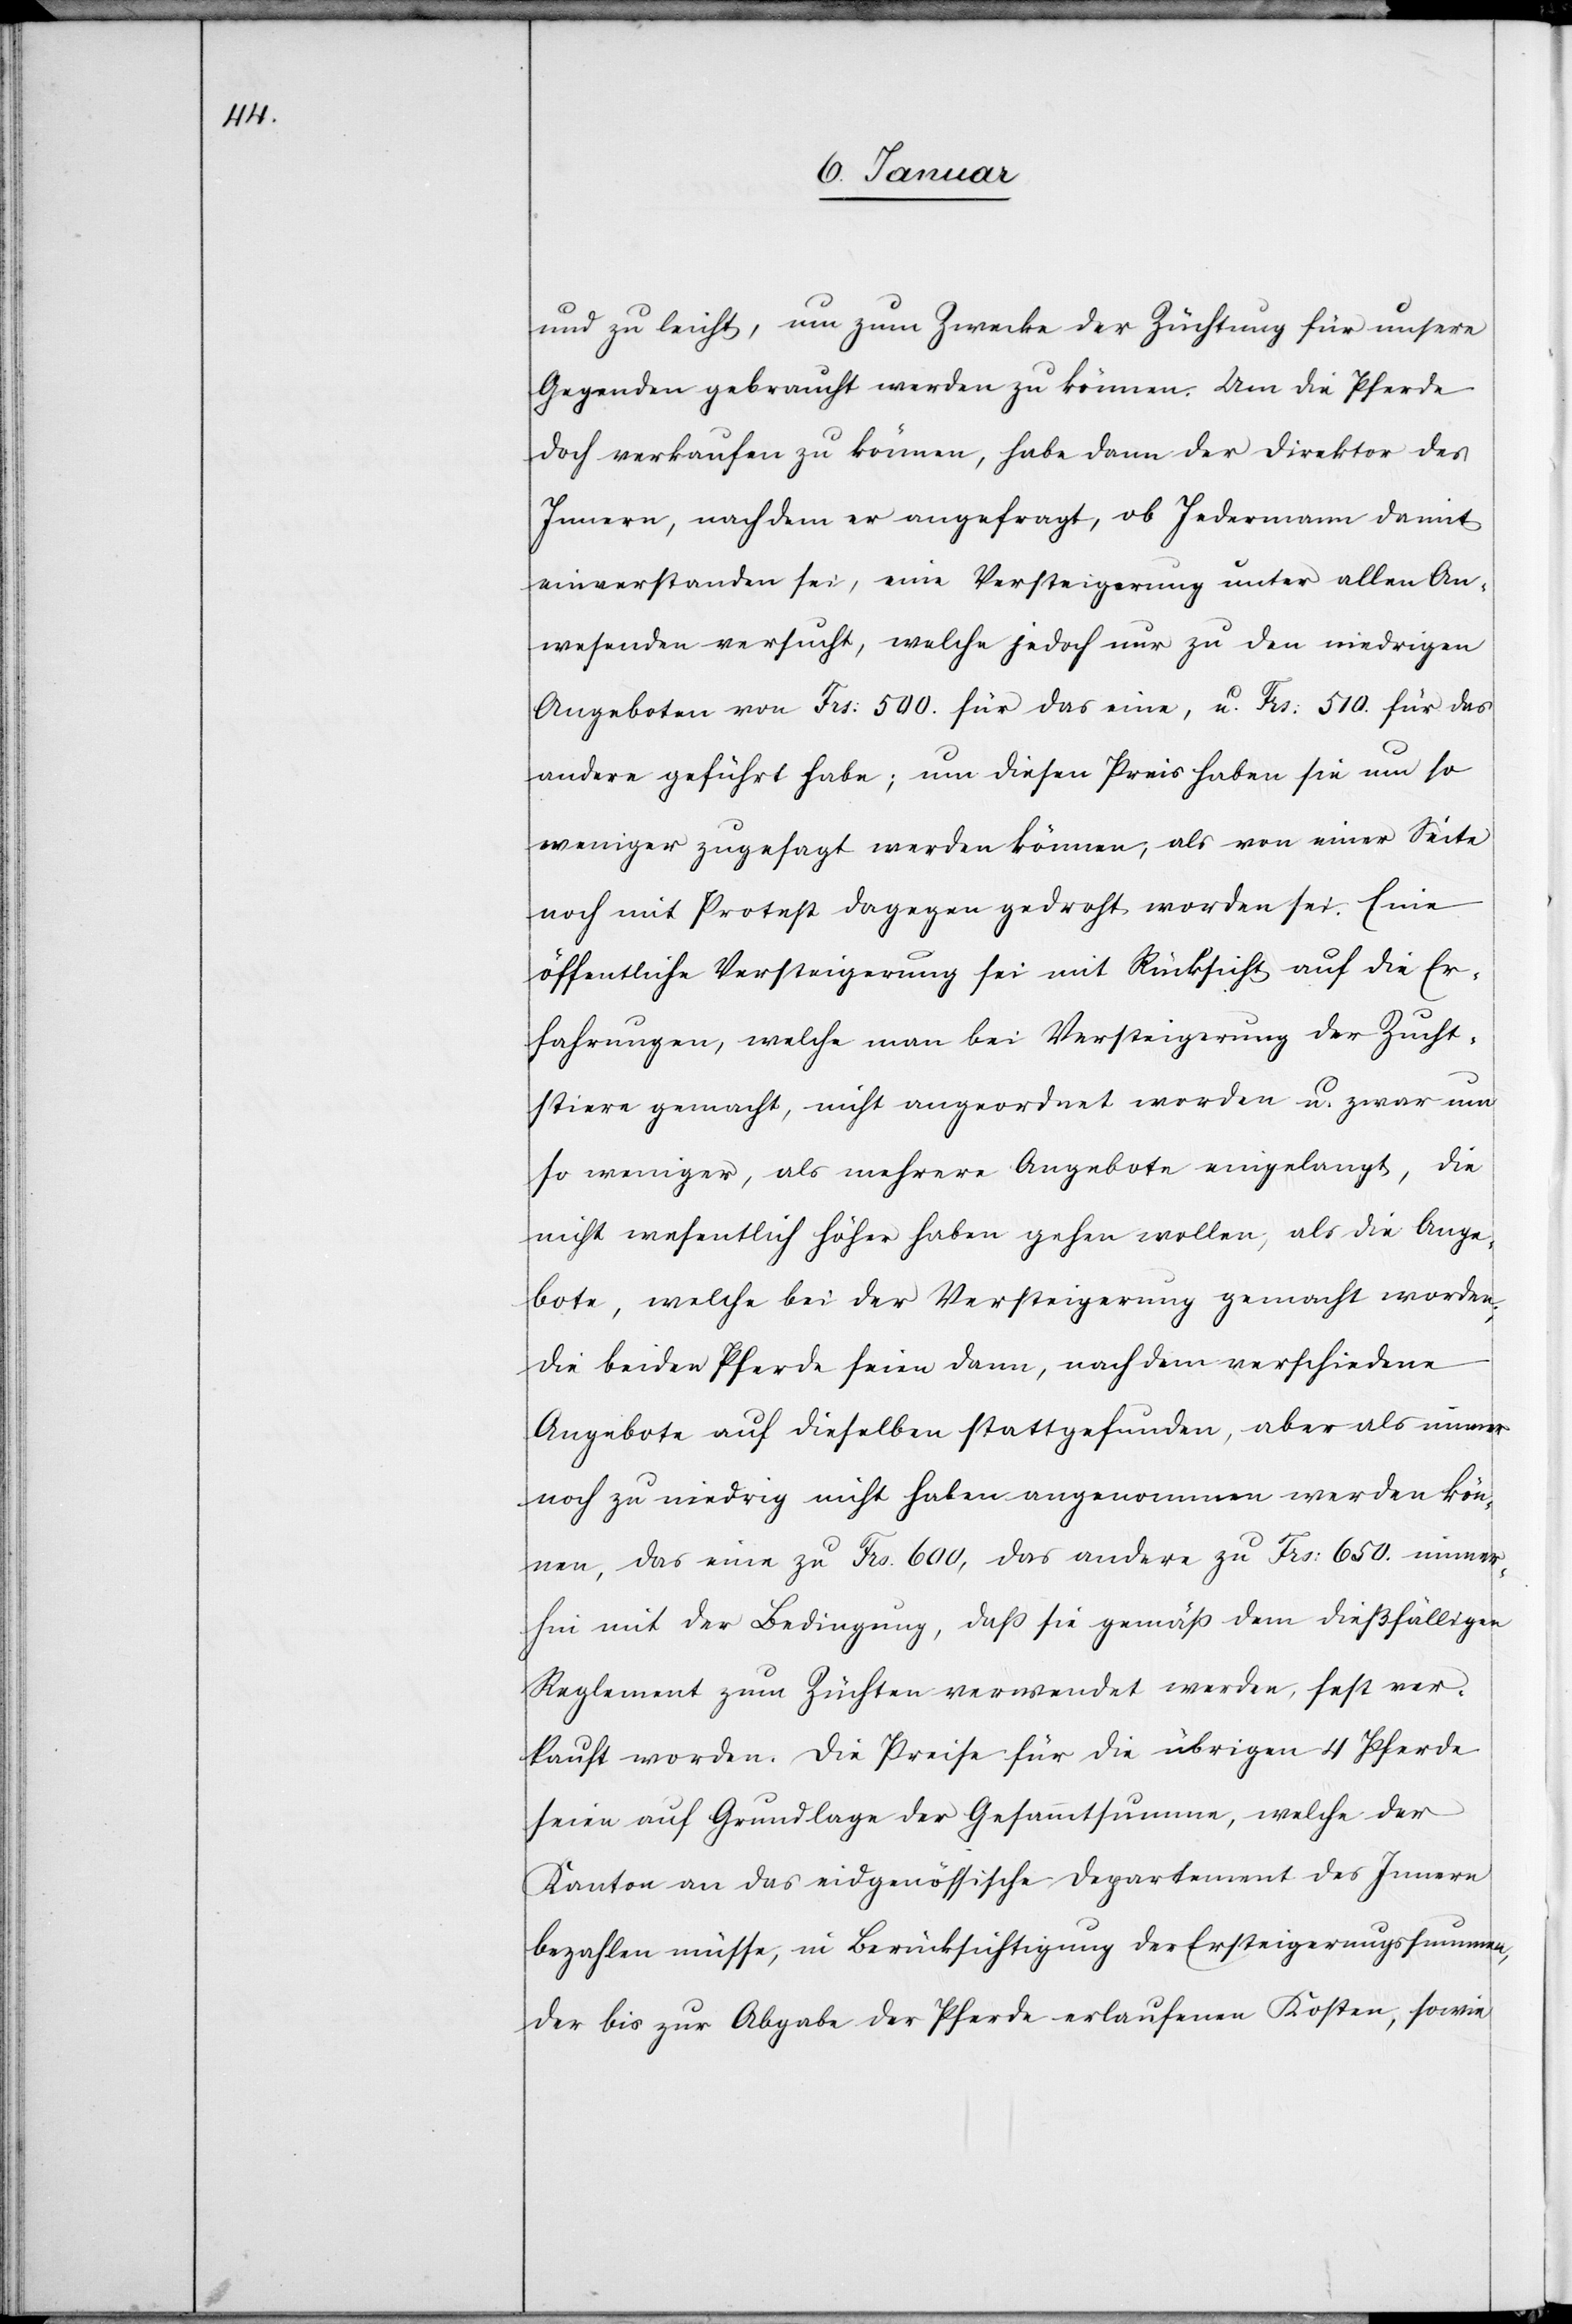
und zu leicht, um zum Zwecke der Züchtung für unsere
Gegenden gebraucht werden zu können. Um die Pferde
doch verkaufen zu können, habe dann der Direktor des
Innern, nachdem er angefragt, ob Jedermann damit
einverstanden sei, eine Versteigerung unter allen An¬
wesenden versucht, welche jedoch nur zu den niedrigen
Angeboten von Frs: 500. für das eine, u. Frs: 510. für das
andere geführt habe; um diesen Preis haben sie um so
weniger zugesagt werden können, als von einer Seite
noch mit Protest dagegen gedroht worden sei. Eine
öffentliche Versteigerung sei mit Rücksicht auf die Er¬
fahrungen, welche man bei Versteigerung der Zucht¬
stiere gemacht, nicht angeordnet worden u. zwar um
so weniger, als mehrere Angebote eingelangt, die
nicht wesentlich höher haben gehen wollen, als die Ange¬
bote, welche bei der Versteigerung gemacht worden;
die beiden Pferde seien dann, nachdem verschiedene
Angebote auf dieselben stattgefunden, aber als immer
noch zu niedrig nicht haben angenommen werden kön¬
nen, das eine zu Frs. 600, das andere zu Frs: 650. immer¬
hin mit der Bedingung, daß sie gemäß dem dießfälligen
Reglement zum Züchten verwendet werden, fest ver¬
kauft worden. Die Preise für die übrigen 4 Pferde
seien auf Grundlage der Gesammtsumme, welche der
Kanton an das eidgenössische Departement des Innern
bezahlen müsse, in Berücksichtigung der Ersteigerungssummen,
der bis zur Abgabe der Pferde erlaufenen Kosten, sowie